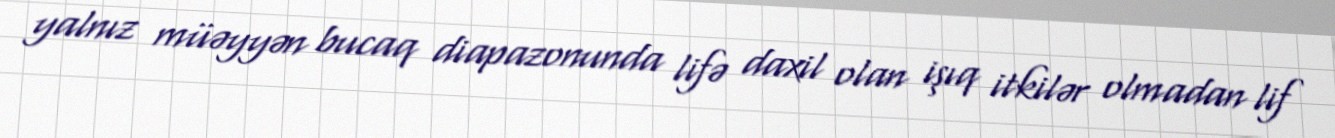
yalnız müəyyən bucaq diapazonunda lifə daxil olan işıq itkilər olmadan lif